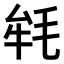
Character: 𣭰